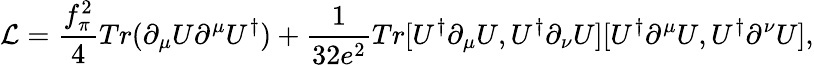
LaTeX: {\cal L}=\frac{f_{\pi}^{2}}{4}Tr(\partial_{\mu}U\partial^{\mu}U^{\dagger})+\frac{1}{32e^{2}}Tr[U^{\dagger}\partial_{\mu}U,U^{\dagger}\partial_{\nu}U][U^{\dagger}\partial^{\mu}U,U^{\dagger}\partial^{\nu}U],